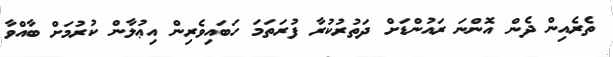
ތެރެއިން ދެން އޮންނަ ރައުންޑަށް ދަތުރުކުރާ ފުރަތަމަ ހަބައިވެރިން އިޢުލާން ކުރުމަށް ބާއްވާ